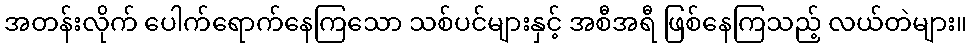
အတန်းလိုက် ပေါက်ရောက်နေကြသော သစ်ပင်များနှင့် အစီအရီ ဖြစ်နေကြသည့် လယ်တဲများ။